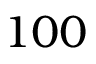
1 0 0